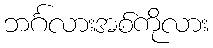
ဘင်္ဂလားအစ်ကိုလား